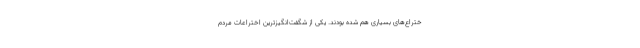
ختراع‌های بسیاری هم شده بودند. یکی از شگفت‌انگیزترین اختراعات مردم